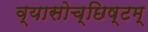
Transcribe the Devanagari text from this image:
व्यासोच्छिष्टम्